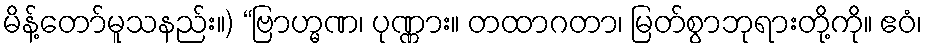
မိန့်တော်မူသနည်း။) “ဗြာဟ္မဏ၊ ပုဏ္ဏား။ တထာဂတာ၊ မြတ်စွာဘုရားတို့ကို။ ဧဝံ၊